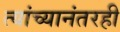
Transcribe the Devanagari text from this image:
त्यांच्यानंतरही